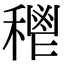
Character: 𥠴